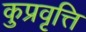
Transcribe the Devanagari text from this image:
कुप्रवृत्ति